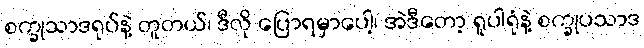
စက္ခုသာဒရုပ်နဲ့ တူတယ်၊ ဒီလို ပြောရမှာပေါ့၊ အဲဒီတော့ ရူပါရုံနဲ့ စက္ခုပသာဒ